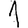
Digit: 1